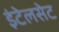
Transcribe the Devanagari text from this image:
इंटेलसेट